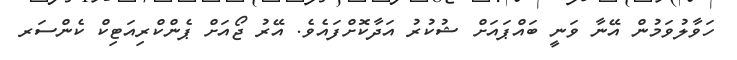
ހަވާލުވަމުން އޭނާ ވަނީ ބައްޕައަށް ޝުކުރު އަދާކޮށްފައެވެ. އޭރު ޖޯއަށް ޕެންކްރިއަޓިކް ކެންސަރ